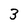
Character: 3